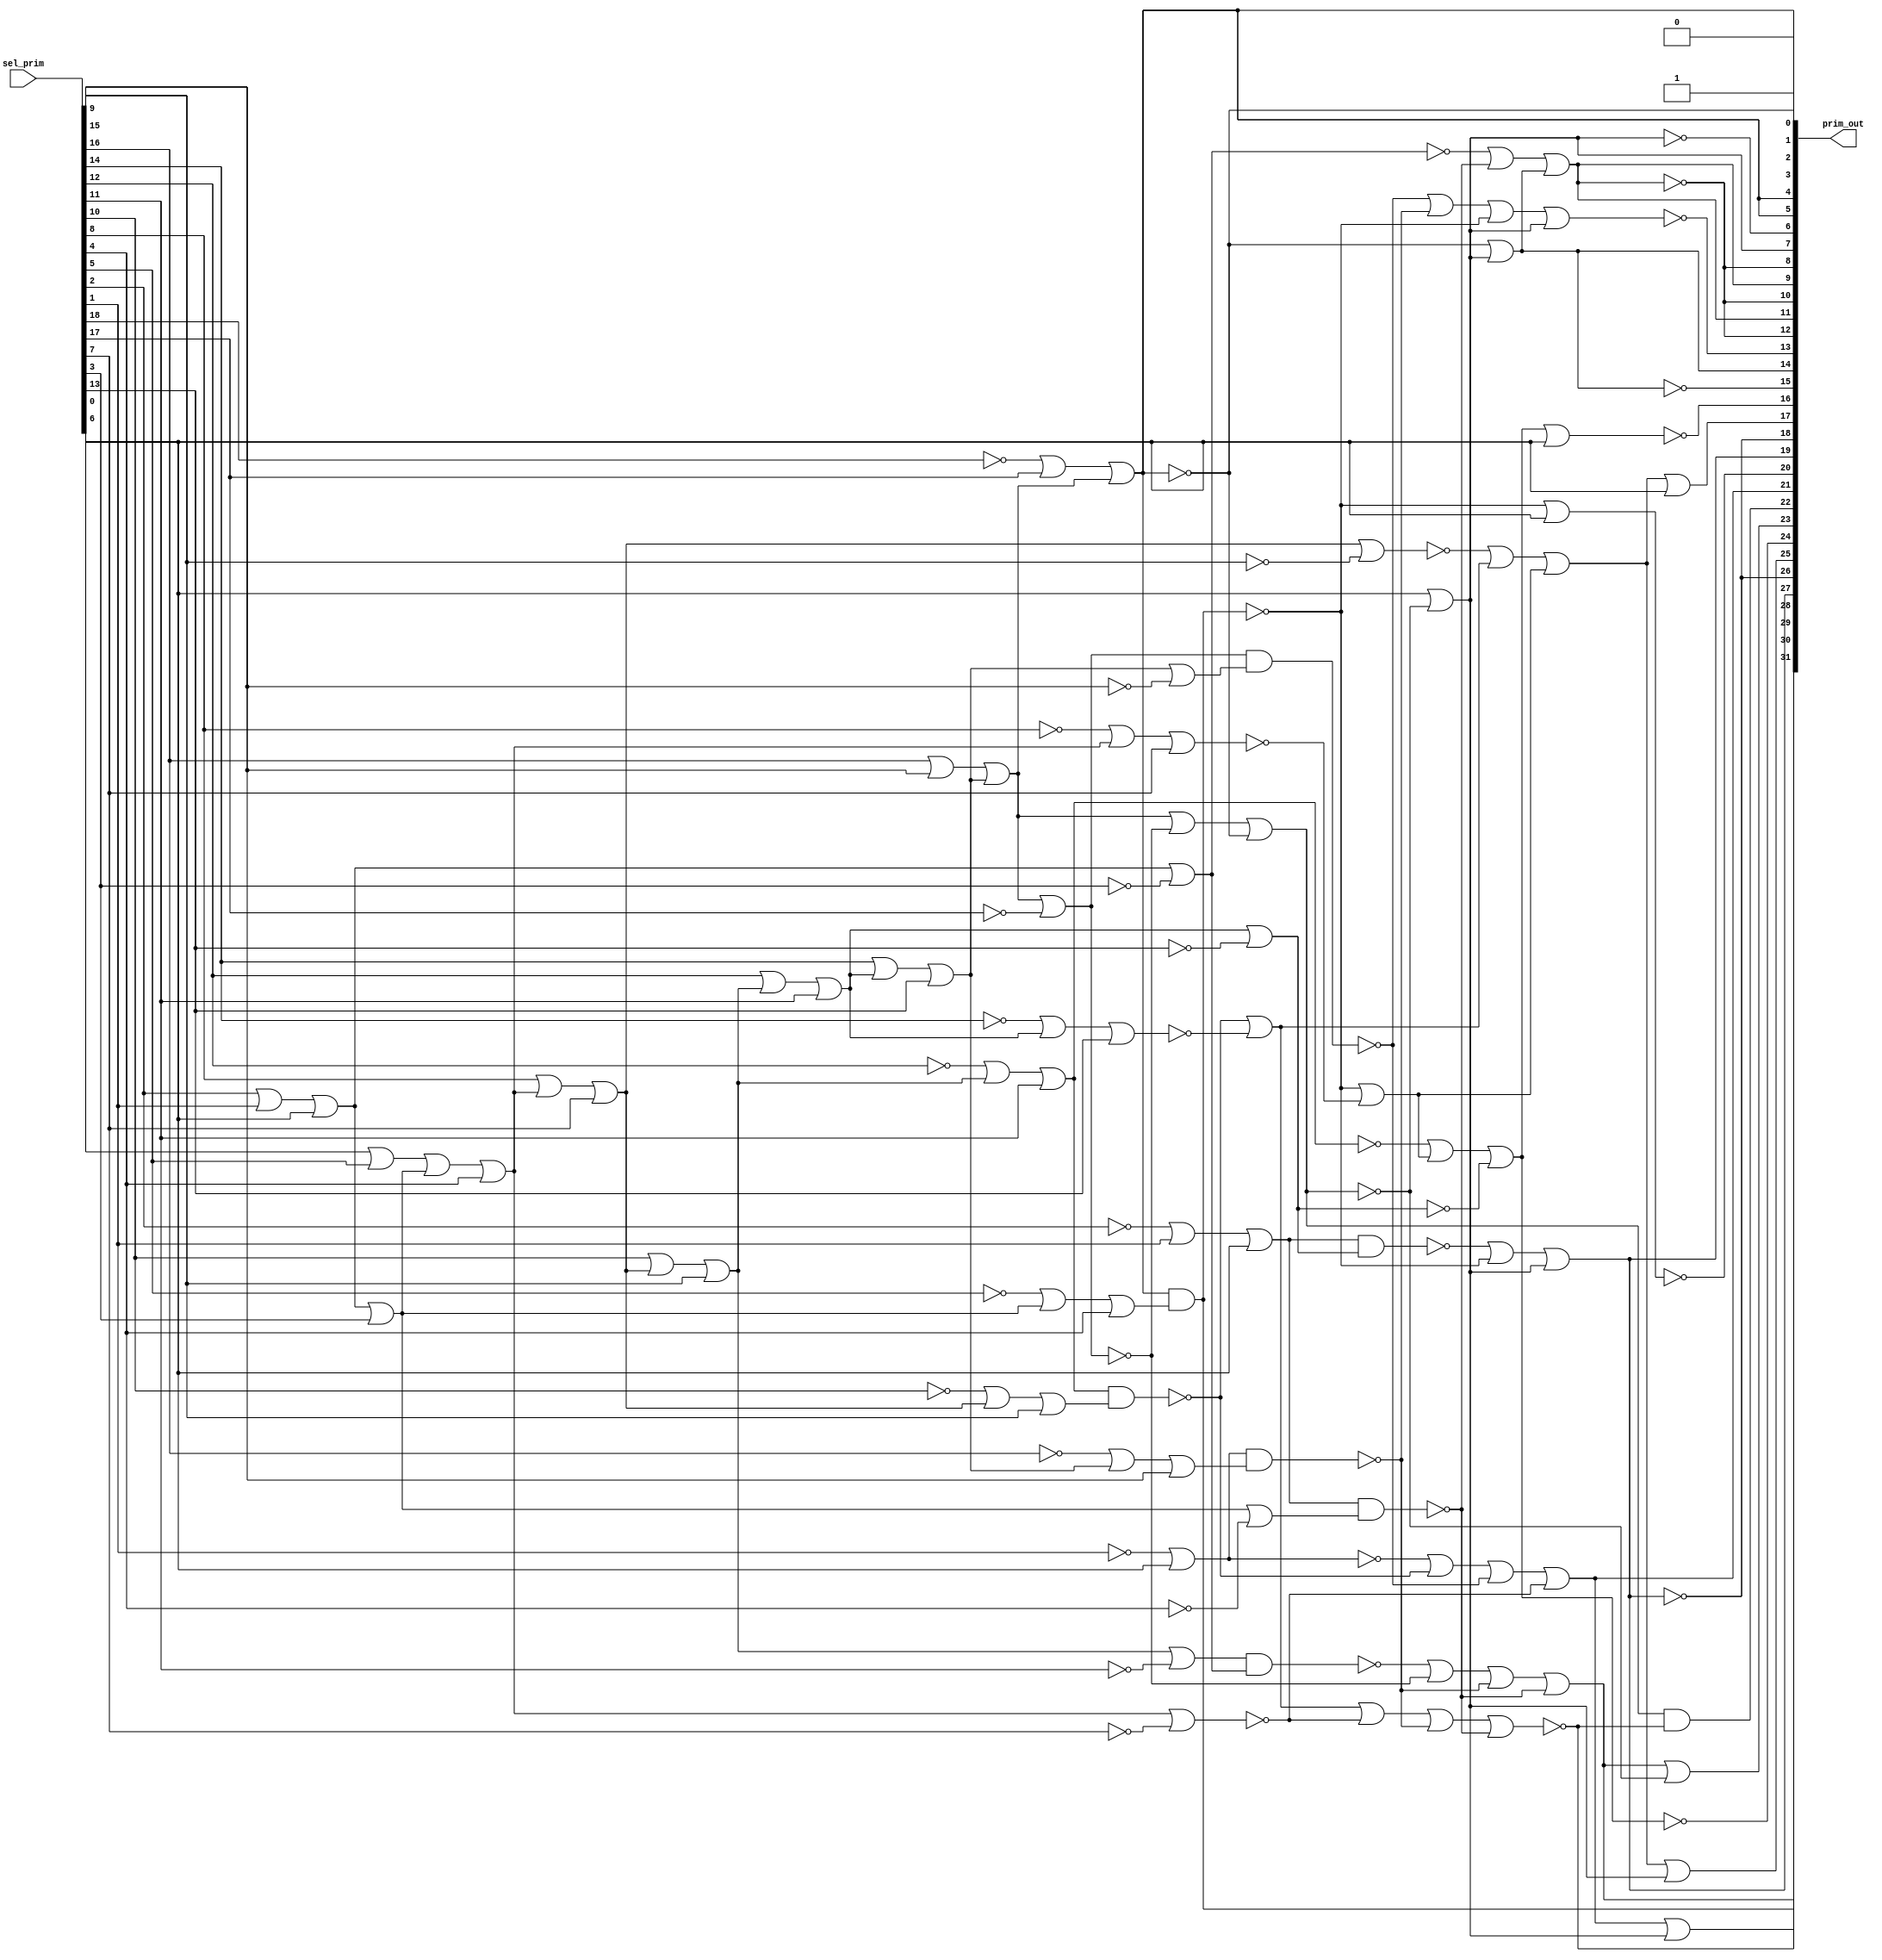

// Generated by Cadence Genus(TM) Synthesis Solution 19.20-d227_1
// Generated on: Sep  7 2021 06:27:10 PDT (Sep  7 2021 13:27:10 UTC)

// Verification Directory fv/top 

module top(prim_out, sel_prim);
  input [18:0] sel_prim;
  output [31:0] prim_out;
  wire [18:0] sel_prim;
  wire [31:0] prim_out;
  wire n_840, n_841, n_842, n_843, n_844, n_845, n_846, n_847;
  wire n_850, n_851, n_853, n_854, n_859, n_865, n_866, n_867;
  wire n_870, n_873, n_874, n_877, n_878, n_881, n_883, n_884;
  wire n_885, n_886, n_889, n_892, n_897, n_898, n_901, n_904;
  wire n_907, n_910, n_913, n_918, n_919, n_922, n_927, n_928;
  wire n_931, n_938, n_939, n_940, n_945, n_946, n_949, n_952;
  wire n_961, n_962, n_963, n_964, n_967, n_972, n_973, n_978;
  wire n_979, n_984, n_985, n_988, n_991, n_996, n_997, n_1000;
  wire n_1005, n_1006;
  assign prim_out[0] = 1'b0;
  assign prim_out[2] = prim_out[5];
  assign prim_out[3] = 1'b1;
  assign prim_out[4] = prim_out[5];
  assign prim_out[8] = prim_out[12];
  assign prim_out[9] = prim_out[11];
  assign prim_out[10] = prim_out[12];
  assign prim_out[18] = prim_out[26];
  assign prim_out[19] = prim_out[27];
  or g128 (n_841, n_840, sel_prim[3]);
  or g133 (n_850, n_847, wc);
  not gc (wc, sel_prim[17]);
  not g266 (prim_out[1], prim_out[5]);
  not g272 (prim_out[26], prim_out[27]);
  not g276 (prim_out[28], n_854);
  not g278 (prim_out[6], prim_out[7]);
  or g279 (prim_out[29], prim_out[21], prim_out[7]);
  or g296 (n_883, n_842, wc0);
  not gc0 (wc0, sel_prim[7]);
  or g299 (n_884, n_840, wc1);
  not gc1 (wc1, sel_prim[3]);
  or g302 (n_885, n_845, wc2);
  not gc2 (wc2, sel_prim[13]);
  or g312 (n_886, n_843, wc3);
  not gc3 (wc3, sel_prim[9]);
  or g428 (prim_out[11], n_1000, prim_out[14]);
  not g429 (prim_out[12], prim_out[11]);
  or g432 (prim_out[17], n_988, sel_prim[0]);
  or g433 (prim_out[25], n_988, prim_out[7]);
  or g436 (prim_out[14], wc4, prim_out[7]);
  not gc4 (wc4, prim_out[5]);
  not g437 (prim_out[15], prim_out[14]);
  or g438 (n_874, n_991, wc5);
  not gc5 (wc5, n_885);
  not g439 (prim_out[24], n_874);
  or g440 (prim_out[27], n_997, prim_out[7]);
  or g441 (prim_out[23], prim_out[31], wc6);
  not gc6 (wc6, n_851);
  or g444 (n_991, wc7, n_873);
  not gc7 (wc7, n_865);
  or g445 (n_988, n_878, n_873);
  or g446 (n_985, n_984, n_854);
  or g447 (n_881, n_946, n_859);
  not g448 (prim_out[30], n_881);
  or g449 (prim_out[31], n_964, n_859);
  or g450 (prim_out[21], n_1006, wc8);
  not gc8 (wc8, n_883);
  or g451 (prim_out[7], sel_prim[0], wc9);
  not gc9 (wc9, n_851);
  or g452 (n_873, n_854, wc10);
  not gc10 (wc10, n_979);
  or g453 (n_997, n_996, n_854);
  or g454 (n_946, n_945, n_870);
  or g455 (n_984, n_867, n_870);
  or g456 (n_851, n_967, wc11);
  not gc11 (wc11, prim_out[5]);
  or g457 (n_964, n_963, n_870);
  or g458 (n_1006, n_1005, n_867);
  or g461 (n_963, n_962, wc12);
  not gc12 (wc12, n_850);
  nand g462 (n_870, n_939, n_940);
  nand g463 (n_854, prim_out[5], n_973);
  nand g464 (n_867, n_850, n_952);
  or g465 (n_967, n_847, wc13);
  not gc13 (wc13, n_850);
  or g466 (n_945, n_877, wc14);
  not gc14 (wc14, n_883);
  or g467 (n_940, n_938, sel_prim[15]);
  or g468 (n_878, wc15, n_877);
  not gc15 (wc15, n_886);
  or g469 (prim_out[5], n_949, n_847);
  or g470 (n_952, n_846, wc16);
  not gc16 (wc16, sel_prim[15]);
  or g471 (n_877, n_866, wc17);
  not gc17 (wc17, n_928);
  or g472 (n_938, wc18, n_846);
  not gc18 (wc18, sel_prim[16]);
  or g473 (n_847, n_931, n_846);
  or g474 (n_846, n_922, sel_prim[13]);
  or g475 (n_1005, wc19, n_866);
  not gc19 (wc19, n_939);
  nand g476 (n_996, n_853, n_885);
  or g477 (n_928, n_927, sel_prim[13]);
  or g478 (n_927, wc20, n_845);
  not gc20 (wc20, sel_prim[14]);
  or g479 (n_922, sel_prim[14], n_845);
  nand g480 (n_866, n_865, n_919);
  or g481 (n_865, n_910, sel_prim[11]);
  or g482 (n_845, n_913, sel_prim[11]);
  nand g483 (n_962, n_961, n_884);
  or g484 (n_910, wc21, n_844);
  not gc21 (wc21, sel_prim[12]);
  or g485 (n_913, sel_prim[12], n_844);
  or g486 (n_961, n_844, wc22);
  not gc22 (wc22, sel_prim[11]);
  or g487 (n_919, n_918, sel_prim[9]);
  or g488 (n_844, n_907, sel_prim[9]);
  or g489 (n_907, sel_prim[10], n_843);
  or g490 (n_918, wc23, n_843);
  not gc23 (wc23, sel_prim[10]);
  or g491 (n_979, n_978, sel_prim[7]);
  or g492 (n_843, n_904, sel_prim[7]);
  or g493 (n_904, sel_prim[8], n_842);
  or g494 (n_1000, wc24, n_859);
  not gc24 (wc24, n_884);
  or g495 (n_978, wc25, n_842);
  not gc25 (wc25, sel_prim[8]);
  or g496 (n_973, n_972, sel_prim[4]);
  or g497 (n_842, n_898, sel_prim[4]);
  nand g498 (n_859, n_853, n_901);
  or g499 (n_901, n_841, wc26);
  not gc26 (wc26, sel_prim[4]);
  or g500 (n_898, n_897, n_841);
  or g501 (n_972, wc27, n_841);
  not gc27 (wc27, sel_prim[5]);
  or g502 (n_840, n_889, sel_prim[0]);
  or g503 (n_853, n_892, sel_prim[0]);
  or g504 (n_892, wc28, sel_prim[1]);
  not gc28 (wc28, sel_prim[2]);
  or g505 (n_939, wc29, sel_prim[0]);
  not gc29 (wc29, sel_prim[1]);
  or g506 (n_889, sel_prim[2], sel_prim[1]);
  or g507 (n_897, sel_prim[6], sel_prim[5]);
  or g508 (n_931, sel_prim[16], sel_prim[15]);
  or g509 (n_949, wc30, sel_prim[17]);
  not gc30 (wc30, sel_prim[18]);
  nor g510 (prim_out[20], n_854, sel_prim[0]);
  nor g511 (prim_out[13], n_985, prim_out[7]);
  and g512 (prim_out[22], n_851, wc31);
  not gc31 (wc31, n_881);
  nor g513 (prim_out[16], n_874, sel_prim[0]);
endmodule